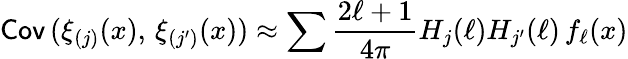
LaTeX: {\mathsf{Cov}}\, (\xi_{(j)}(x),\, \xi_{(j^{\prime})}(x))\approx\sum\frac{2\ell+1}{4\pi}H_{j}(\ell)H_{j^{\prime}}(\ell)\, f_{\ell}(x)